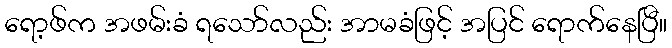
ရော့ဖ်က အဖမ်းခံ ရသော်လည်း အာမခံဖြင့် အပြင် ရောက်နေပြီ။